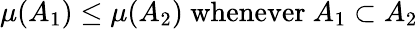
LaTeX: \mu(A_{1})\leq\mu(A_{2}){\mathrm{~whenever~}}A_{1}\subset A_{2}